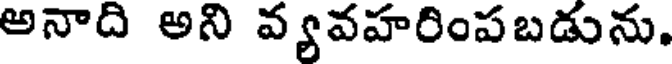
అనాది అని వ్యవహరింపబడును.